Report on sanitation, dispensaries, and jails in Rajputana for 1911, and on vaccination for the year 1911-1912 - 1911-1912
Year: 1911
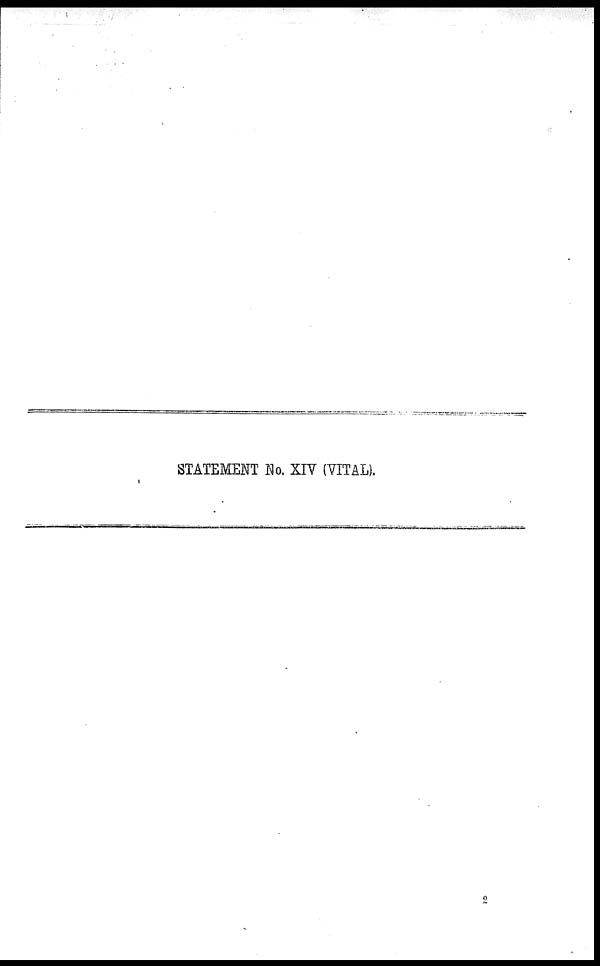
STATEMENT No. XIV (VITAL).
2